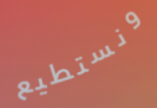
ونستطيع